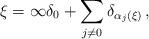
LaTeX: \begin{align*} \xi=\infty\delta_0+\sum_{j\neq0}\delta_{\alpha_j(\xi)}\,,\end{align*}